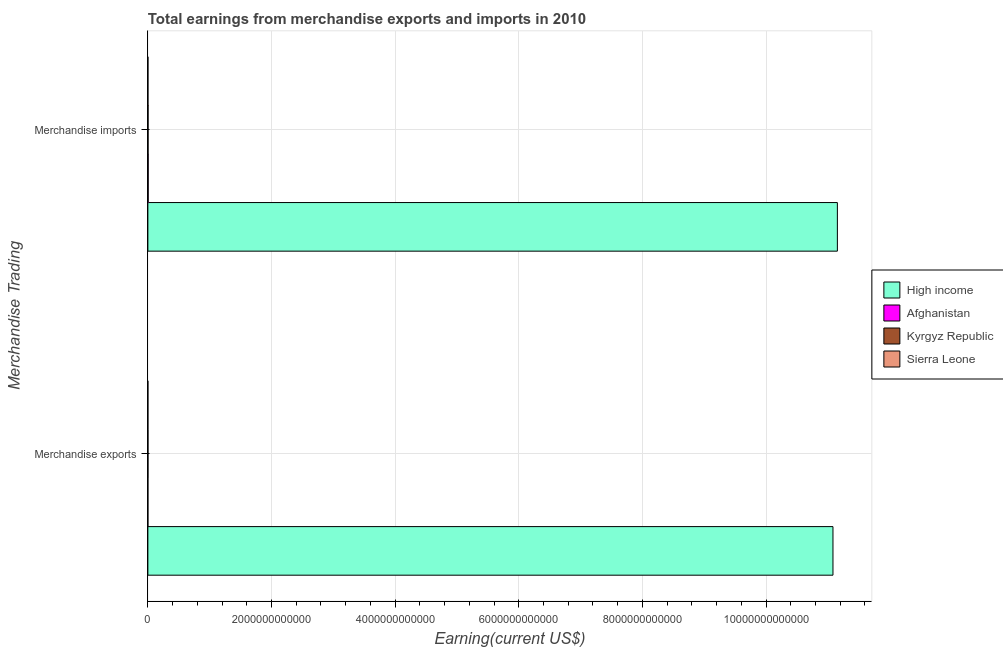
| Merchandise Trading | High income | Afghanistan | Kyrgyz Republic | Sierra Leone |
 | --- | --- | --- | --- | --- |
 | Merchandise exports | 1.11e+13 | 3.88e+08 | 1.76e+09 | 3.41e+08 |
 | Merchandise imports | 1.12e+13 | 5.15e+09 | 3.22e+09 | 7.7e+08 |